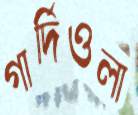
গার্দিওলা